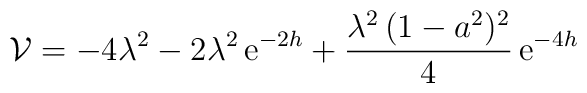
{\cal V} =  - 4 \lambda^2 -2\lambda^2 \,{\rm e}^{-2h}  +\frac{\lambda^2\,(1 - a^2)^2}{4} \,{\rm e}^{-4h}